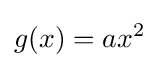
g(x)=ax^{2}